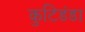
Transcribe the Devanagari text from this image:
कुटिडंडा